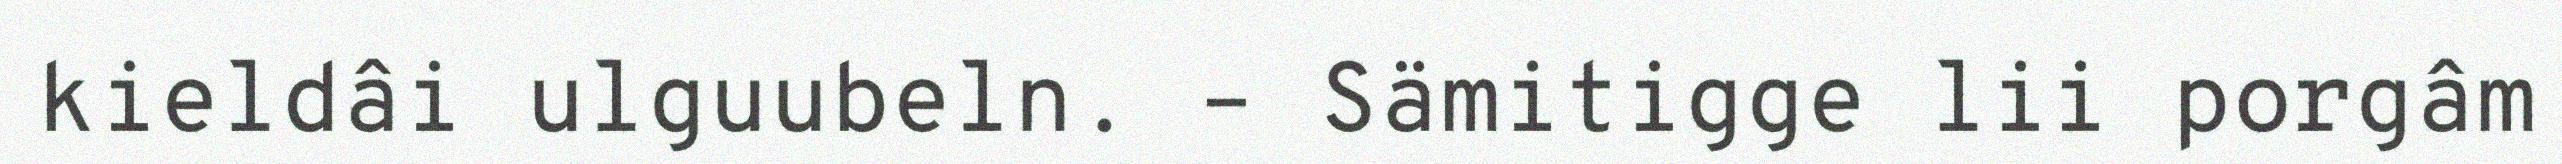
kieldâi ulguubeln. – Sämitigge lii porgâm